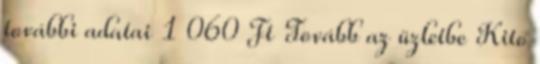
további adatai 1 060 Ft Tovább az üzletbe Kito